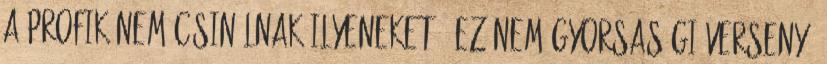
a profik nem csinálnak ilyeneket.” Ez nem gyorsasági verseny,